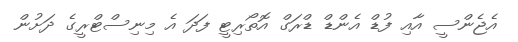
އެޖެންސީ އާއި ފުޑް އެންޑް ޑްރަގް އޮތޯރިޓީ ފަދަ އެ މިނިސްޓްރީގެ ދަށުން